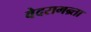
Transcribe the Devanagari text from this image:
वेदसमन्र्ता